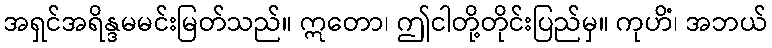
အရှင်အရိန္ဒမမင်းမြတ်သည်။ ဣတော၊ ဤငါတို့တိုင်းပြည်မှ။ ကုဟိံ၊ အဘယ်